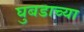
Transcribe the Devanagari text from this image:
घुबडाच्या